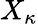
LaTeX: X_{\kappa}